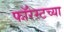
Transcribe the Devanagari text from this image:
फॉरेस्टच्या